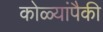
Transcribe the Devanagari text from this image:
कोळ्यांपैकी